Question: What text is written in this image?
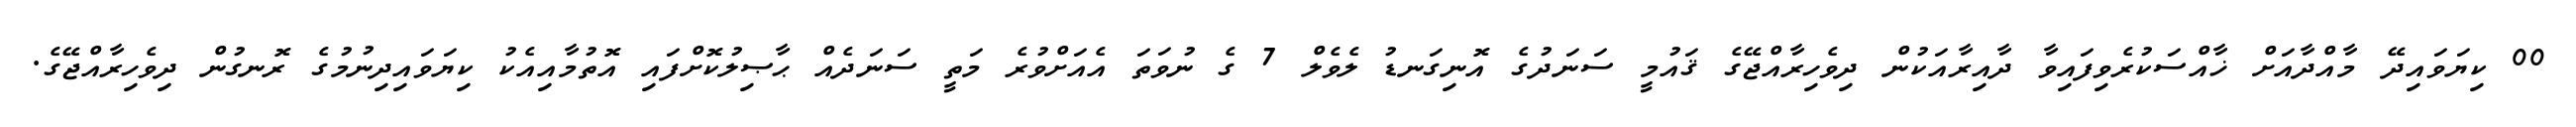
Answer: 00 ކިޔަވައިދޭ މާއްދާއަށް ޚާއްސަކުރެވިފައިވާ ދާއިރާއަކުން ދިވެހިރާއްޖޭގެ ޤައުމީ ސަނަދުގެ އޮނިގަނޑު ލެވެލް 7 ގެ ނުވަތަ އެއަށްވުރެ މަތީ ސަނަދެއް ޙާޞިލުކޮށްފައި އޮތުމާއިއެކު ކިޔަވައިދިނުމުގެ ރޮނގުން ދިވެހިރާއްޖޭގެ.